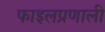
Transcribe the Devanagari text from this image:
फाइलप्रणाली